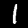
Digit: 1